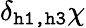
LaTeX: \delta_{\texttt{h1,h3}}\chi